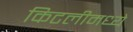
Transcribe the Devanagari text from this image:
किटलीमध्ये